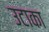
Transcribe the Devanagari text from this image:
उटाका